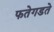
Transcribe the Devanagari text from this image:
फतेगडते